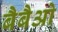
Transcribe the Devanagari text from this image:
बैबैओ